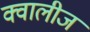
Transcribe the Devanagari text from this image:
क्वालीज